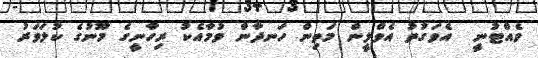
ވެއްޓުނީ  އެވަގުތު އެވްލީން މަތިން ހަނދާން ވުމާއެކު ރިހާނީގެ މޫނުގެ ކުލަވަރު